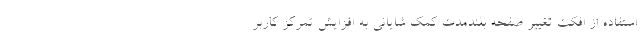
استفاده از افکت تغییر صفحه بلند‌مدت کمک شایانی به افزایش تمرکز کاربر